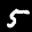
Label: 5